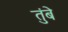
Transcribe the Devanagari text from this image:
तुंबे